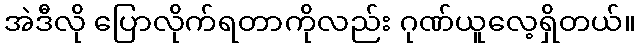
အဲဒီလို ပြောလိုက်ရတာကိုလည်း ဂုဏ်ယူလေ့ရှိတယ်။